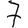
Digit: 7